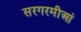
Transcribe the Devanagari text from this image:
सरगरमीआं